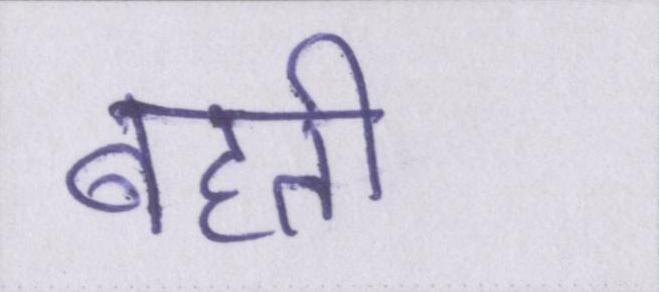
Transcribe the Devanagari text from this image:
बहती